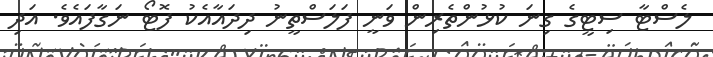
ލެސްޓާ ސިޓީގެ ގިނަ ކުޅުންތެރިން ވަނީ ފަލަސްތީނު ދިދައާއެކު ފޮޓޯ ނަގާފައެވެ. އަދި